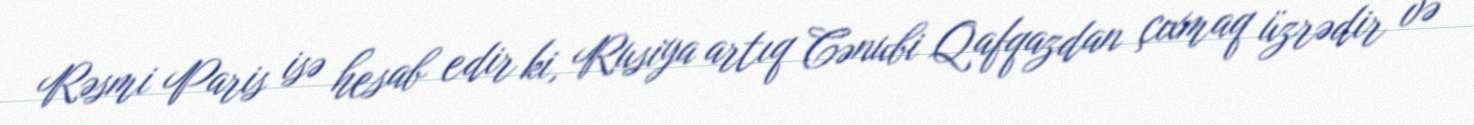
Rəsmi Paris isə hesab edir ki, Rusiya artıq Cənubi Qafqazdan çıxmaq üzrədir və